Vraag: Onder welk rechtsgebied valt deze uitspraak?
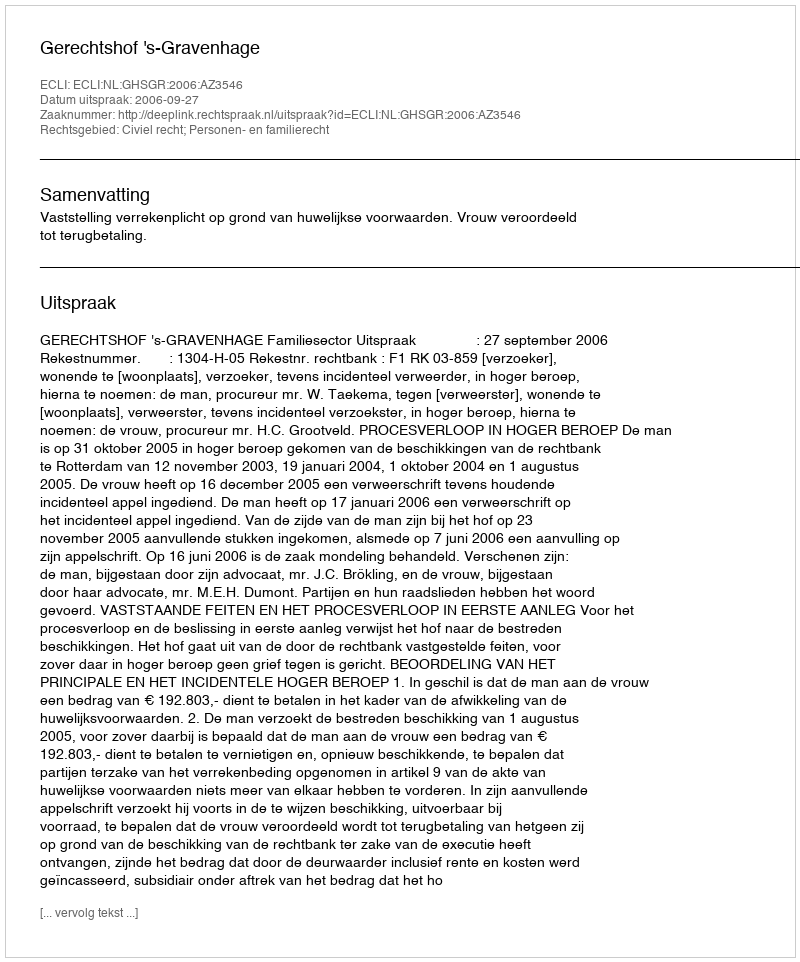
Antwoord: Civiel recht; Personen- en familierecht